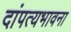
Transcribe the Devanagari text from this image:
दांपत्यभावना